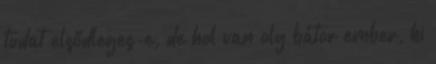
tudat elsődleges-e, de hol van oly bátor ember, ki